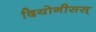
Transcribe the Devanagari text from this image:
दियोनीसस्